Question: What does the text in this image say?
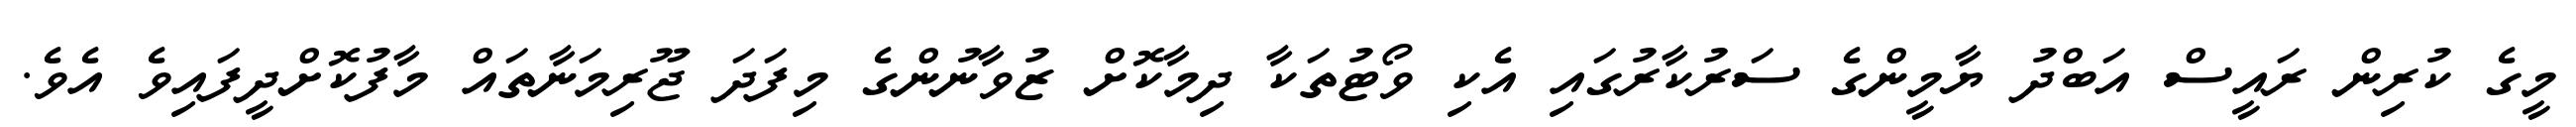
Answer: މީގެ ކުރިން ރައީސް އަބްދު ޔާމީންގެ ސަރުކާރުގައި އެކި ވޯޓުތަކާ ދިމާކޮށް ޒުވާނުންގެ މިފަދަ ޖޫރިމަނާތައް މާފުކޮށްދީފައިވެ އެވެ.